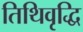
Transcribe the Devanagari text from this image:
तिथिवृद्धि